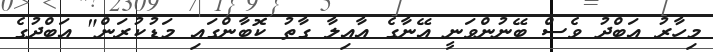
މިހާރު އަބްދު ވެސް ބޭނުންވަނީ އޭނާގެ އާއިލާ ގާތު ކޮބާންގައި މަޑުކުރަން" އަބްދުގެ